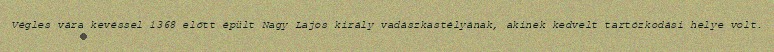
Végles vára kevéssel 1368 előtt épült Nagy Lajos király vadászkastélyának, akinek kedvelt tartózkodási helye volt.